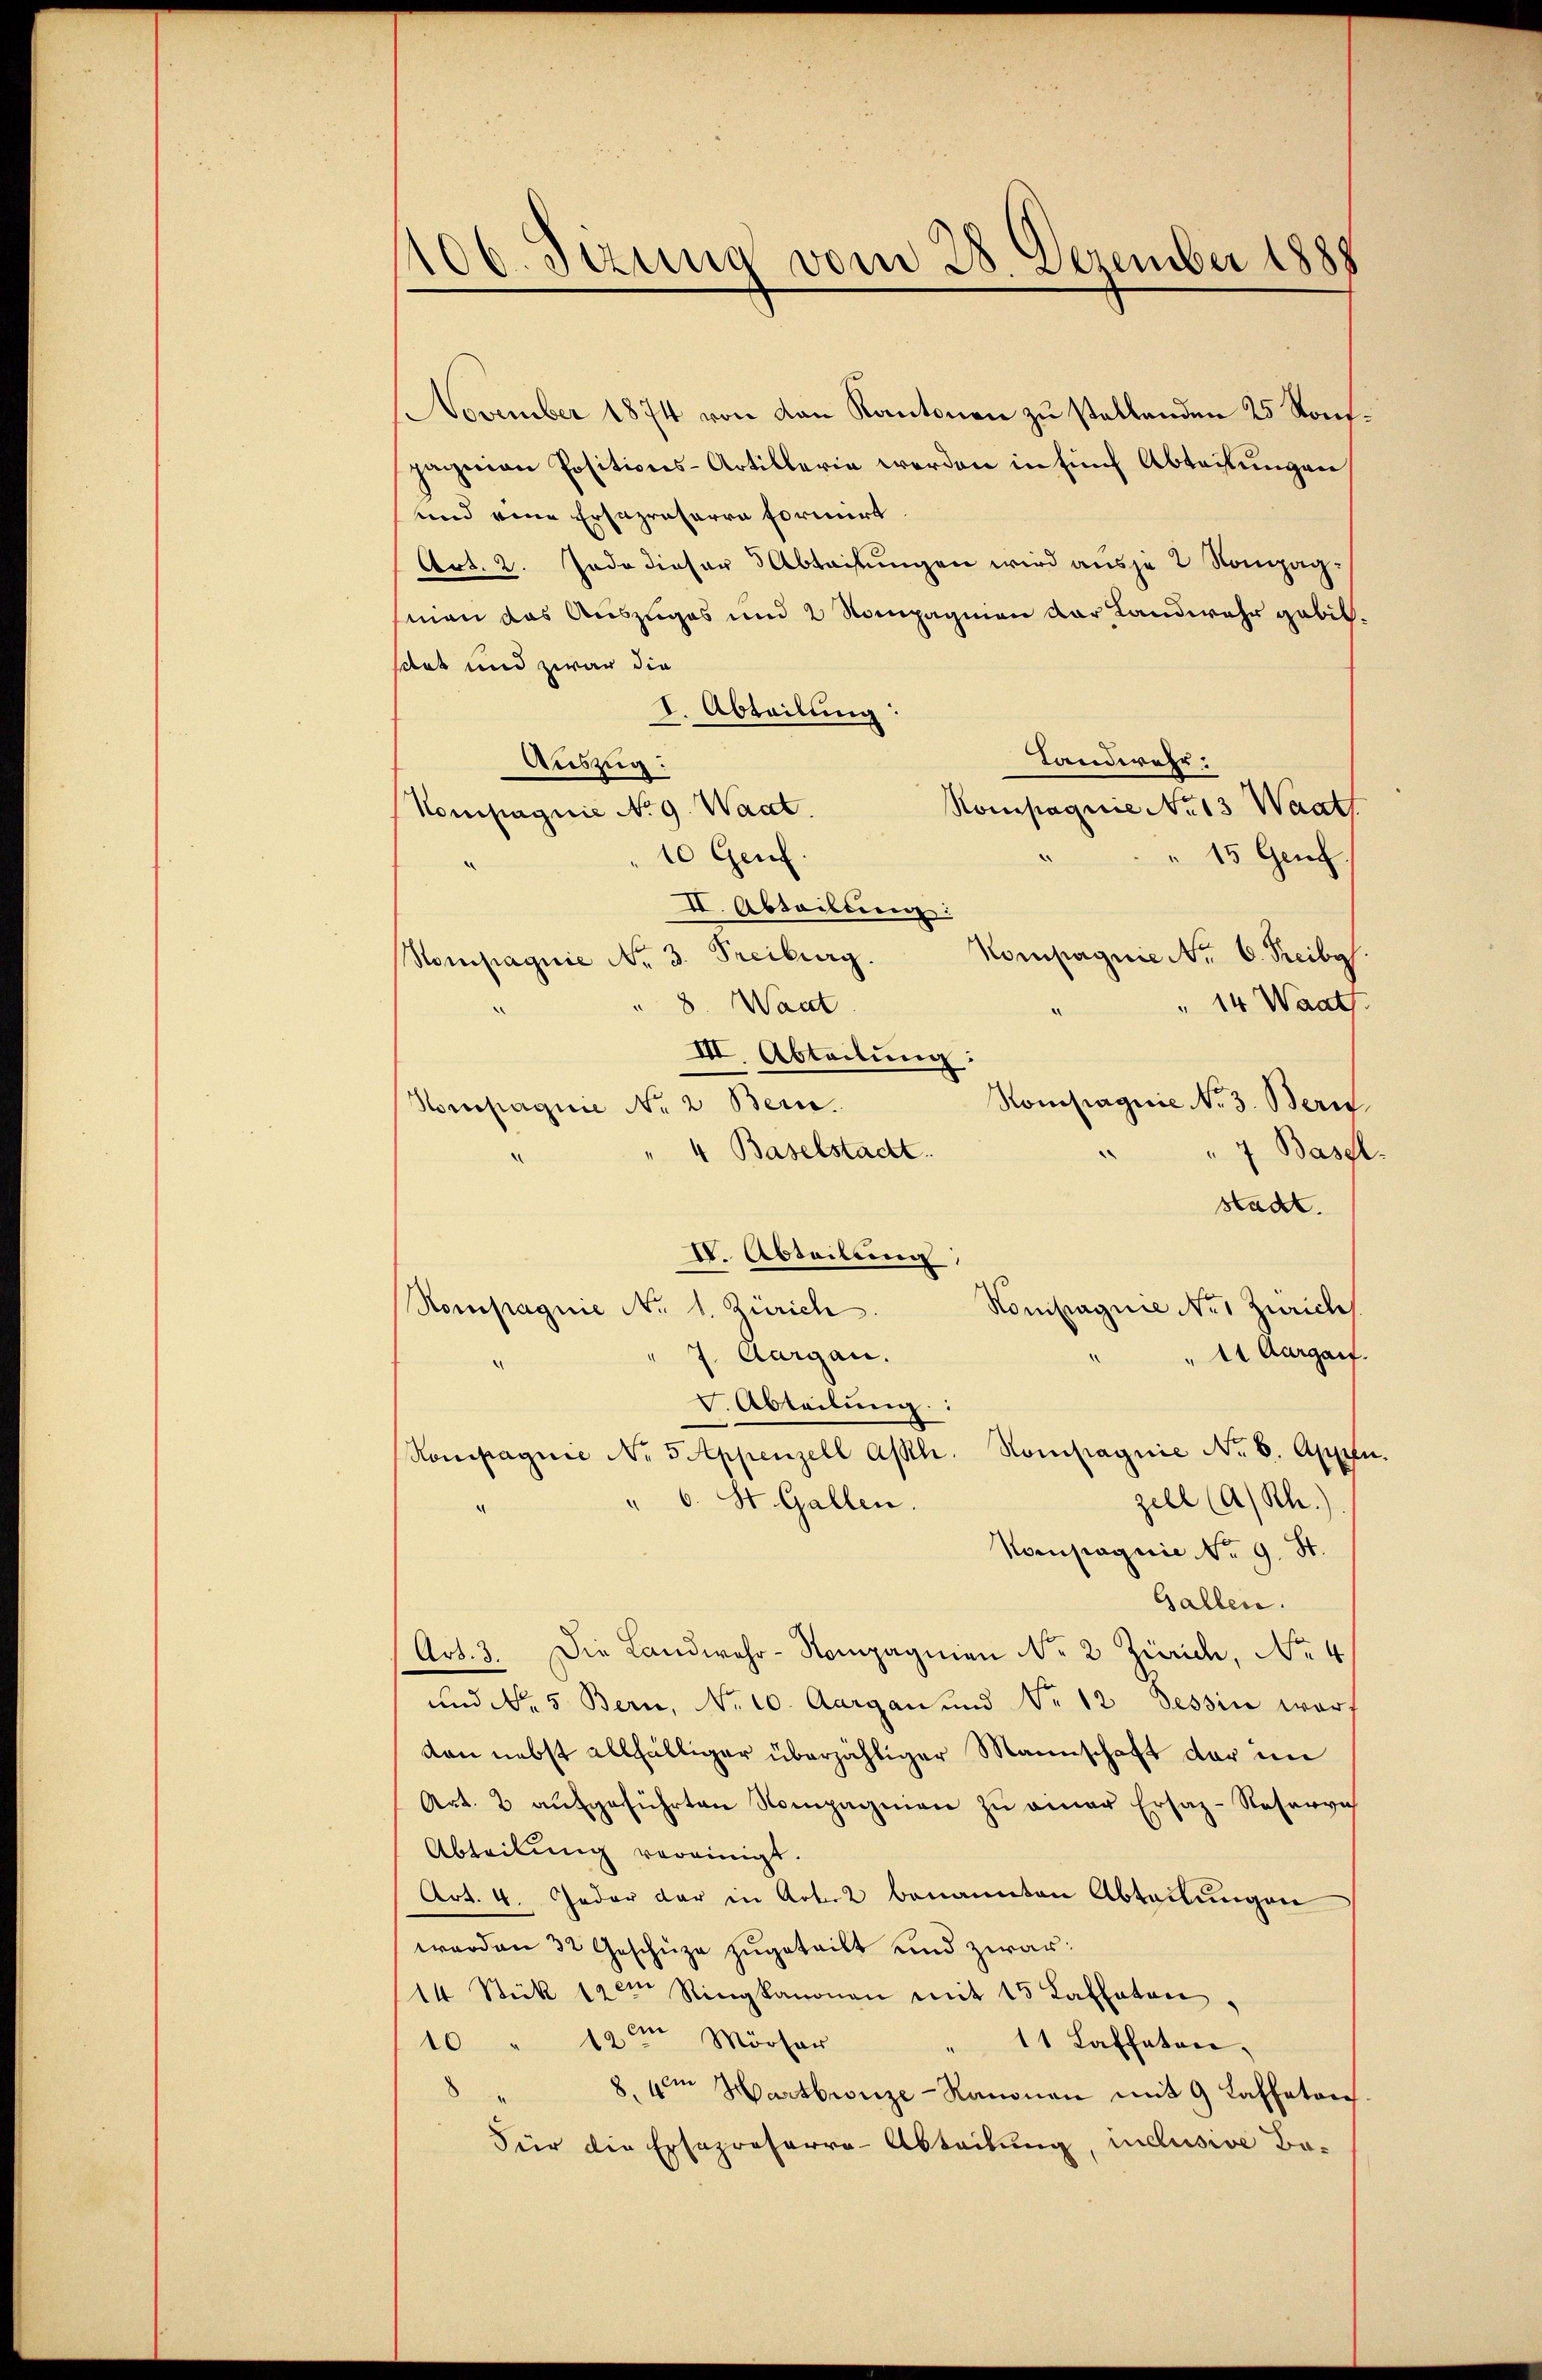
106. Sizung vom 28. Dezember 1888

November 1874 von von Kantonen zu stellenden 25 Kompagnian Positions-Artillerie werden in fünf Abteilungen
und eine Ersazrasarra formirt.
Art. 2. Jede dieser Abteifungen wird aus je 2 Kompagmen das Auszuges und 2 Kompagnien der Landwehr gebilsdat und zwar die
I. Abteilung:
Landwehr:
Auszug:
Rompagnie No 13 Watt
Kompagnie No 9. Wart.
10 Genf.
15 Genf.
II. Abteilten
Kompagnie Nr. 6. Freibe.
Freiburg.
Nompagnie No 3.
8. Wart
" 14 Waat.
III. Abteilung
Kompagnie No. 3. Beri
Hompagnie No 2 Bern.
4 Baselstadt.
" 7 Basel.
“
stadt.
IV. Abteilung
Kompagnie Nr. 1 Zürich
Kompagnie No. 1. Zürich
"11 Aargarf.
J. Aargau.
V. Abteilung:
Kompagnie No 5 Appenzell Asth. Kompagnie No. 6. Appen.
zell (A/Rh.)
" 6. St. Gallen.
Kompagnie No 9. St.
Gallen.
Art. 3. Die Landwehr-Kompagnien Nr. 2 Zürich, No 4
und No 5 Bern, No 10. Aargau und No. 12 Tessin war.
ton nebst allfälliger überzähliger Mannschaft der im
Art. 2 aufgeführten Nompagnien zu einer Ersaz-Reservi
Abteilung vereinigt.
Art. 4. Jeder der in Arbeit benannten Abteilungen
werden 32 Geschüze zugeteilt und zwar:
14 Stük 12ten Ringkanonen mit 15 Kathaten.
10 " 12 im Mörser
" 11 Laffeten.
8. vom Hartbronze-Kanonen mit 9 Kaffeton
Für die Ersapreserra-Abteilung, inclusive Be¬